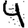
Digit: 4